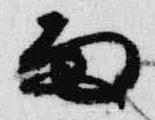
雨